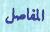
المفاصل